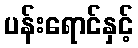
ပန်းရောင်နှင့်